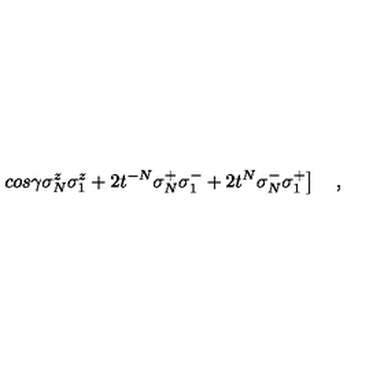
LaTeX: \left. c o s \gamma \sigma _ { N } ^ { z } \sigma _ { 1 } ^ { z } + 2 t ^ { - N } \sigma _ { N } ^ { + } \sigma _ { 1 } ^ { - } + 2 t ^ { N } \sigma _ { N } ^ { - } \sigma _ { 1 } ^ { + } \right] \quad ,